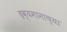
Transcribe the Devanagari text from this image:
द्रव्यमानाच्या